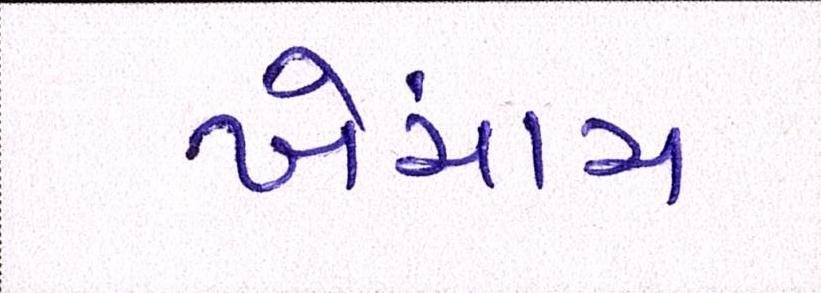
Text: ખેંચાય